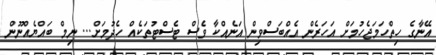
އޭނާގެ ހިތްހަމަޖެހުމަށް އަހަރެން އެއްބަސްވިން އަނެއްކާ ވެސް ޓެސްޓުތަކެއް ހެދުމަށް... ނިމް ބައްޔެއްނޫން